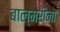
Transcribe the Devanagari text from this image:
बाल्मरीनो